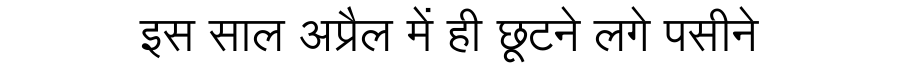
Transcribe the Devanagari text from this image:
इस साल अप्रैल में ही छूटने लगे पसीने